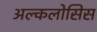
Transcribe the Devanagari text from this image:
अल्कलोसिस